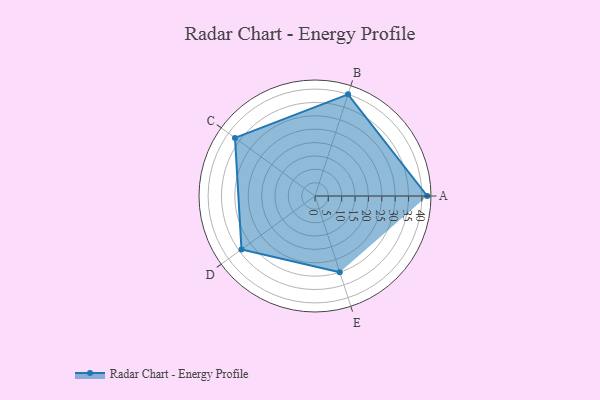
{"axis": {"x": "Skill", "y": "Score"}, "legend": ["Profile"], "data": [{"x": "A", "y": 42.0, "type": "Profile"}, {"x": "B", "y": 40.0, "type": "Profile"}, {"x": "C", "y": 37.0, "type": "Profile"}, {"x": "D", "y": 34.0, "type": "Profile"}, {"x": "E", "y": 30.0, "type": "Profile"}]}